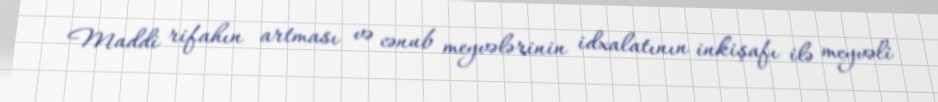
Maddi rifahın artması və cənub meyvələrinin idxalatının inkişafı ilə meyvəli